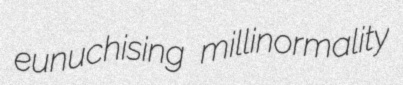
eunuchising millinormality